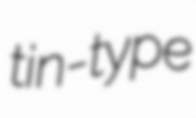
tin-type